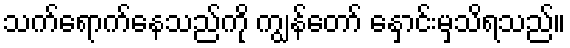
သက်ရောက်နေသည်ကို ကျွန်တော် နှောင်းမှသိရသည်။